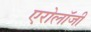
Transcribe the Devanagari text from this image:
एरोलॉजी